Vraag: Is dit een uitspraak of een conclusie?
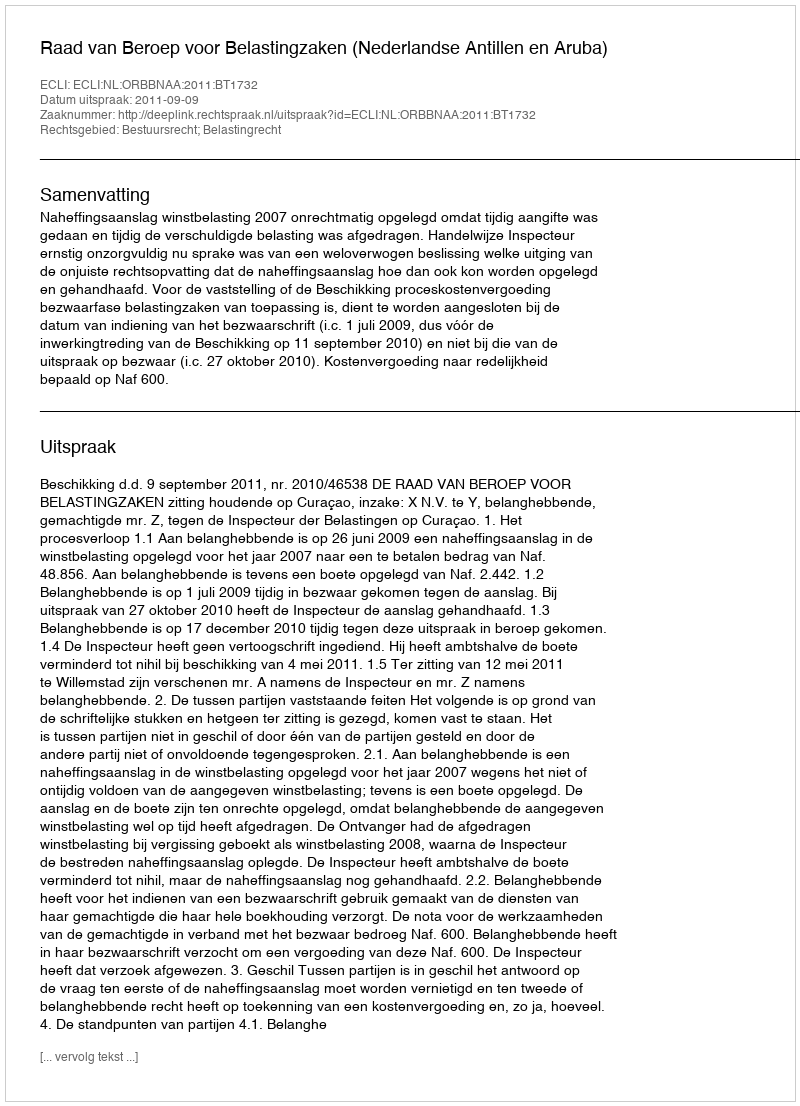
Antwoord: Uitspraak